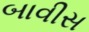
બાવીસ